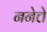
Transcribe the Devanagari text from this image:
ननेत्ते